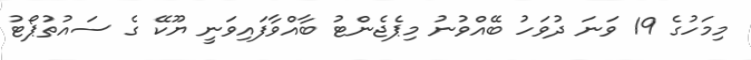
މިމަހުގެ 19 ވަނަ ދުވަހު ބޭއްވުނު މިޕެޖެންޓު ބާއްވާފައިވަނީ ޔޫކޭ ގެ ސައުތުޕޯޓު